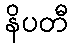
နိပတီ